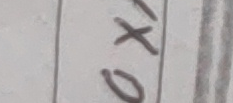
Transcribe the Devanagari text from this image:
० x १